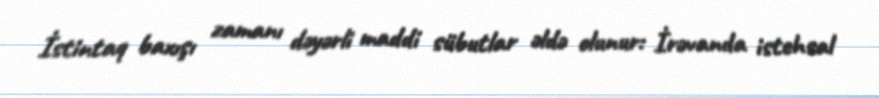
İstintaq baxışı zamanı dəyərli maddi sübutlar əldə olunur: İrəvanda istehsal